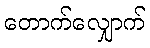
တောက်လျှောက်